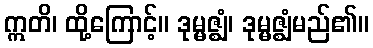
ဣတိ၊ ထို့ကြောင့်။ ဒုမ္မဇ္ဈံ၊ ဒုမ္မဇ္ဈံမည်၏။